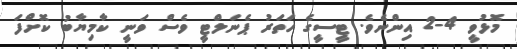
މޮޅުވީ 4-2 އިންނެވެ. ޓީސީގެ ހަތަރު ޕެނަލްޓީ ވެސް ވަނީ ކާމިޔާބު ކޮށްފަ